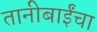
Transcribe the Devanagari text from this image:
तानीबाईंचा